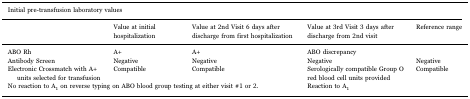
<table><thead><tr><td colspan="5"><b>Initial pre-transfusion laboratory values</b></td></tr><tr><td></td><td><b>Value at initial hospitalization</b></td><td><b>Value at 2nd Visit 6 days after discharge from first hospitalization</b></td><td><b>Value at 3rd Visit 3 days after discharge from 2nd visit</b></td><td><b>Reference range</b></td></tr></thead><tbody><tr><td>ABO Rh</td><td>A+</td><td>A+</td><td>ABO discrepancy</td><td></td></tr><tr><td>Antibody Screen</td><td>Negative</td><td>Negative</td><td>Negative</td><td>Negative</td></tr><tr><td>Electronic Crossmatch with A+ units selected for transfusion</td><td>Compatible</td><td>Compatible</td><td>Serologically compatible Group O red blood cell units provided</td><td>Compatible</td></tr><tr><td colspan="3">No reaction to A<sub>1</sub> on reverse typing on ABO blood group testing at either visit #1 or 2.</td><td>Reaction to A<sub>1</sub></td><td></td></tr></tbody></table>